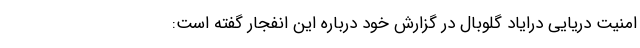
امنیت دریایی درایاد گلوبال در گزارش خود درباره این انفجار گفته است: